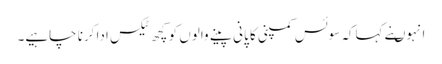
انہوںنے کہاکہ سوئس کمپنی کا پانی پینے والوں کو کچھ ٹیکس ادا کرنا چاہیے۔